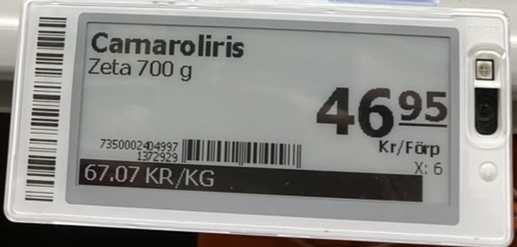
Vara: Carnaroliris
Genomsnittspris: 67.07 per kg